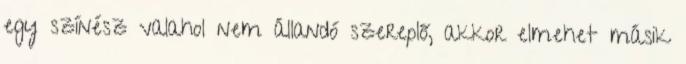
egy színész valahol nem állandó szereplő, akkor elmehet másik